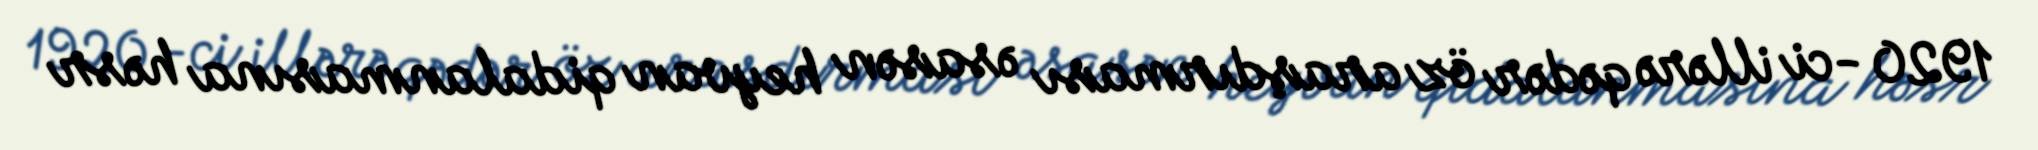
1920 -ci illərə qədər öz araşdırması əsasən heyvan qidalanmasına həsr